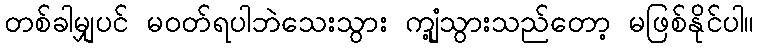
တစ်ခါမျှပင် မဝတ်ရပါဘဲသေးသွား ကျုံ့သွားသည်တော့ မဖြစ်နိုင်ပါ။